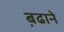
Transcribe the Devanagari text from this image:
ब़ढाने